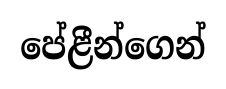
පේළීන්ගෙන්